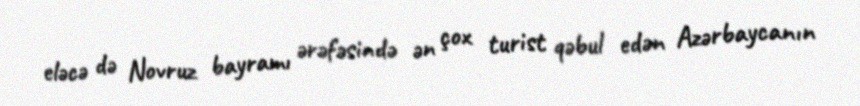
eləcə də Novruz bayramı ərəfəsində ən çox turist qəbul edən Azərbaycanın